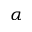
\alpha